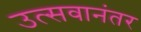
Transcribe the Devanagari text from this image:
उत्सवानंतर